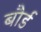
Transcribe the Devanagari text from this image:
बौर्ड